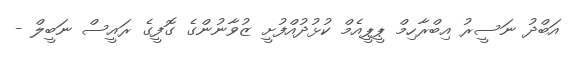
އަބްދު ނަސީރު އިބްރާހިމް ޕީޕީއެމް ކުޅުދުއްފުށީ ޒުވާނުންގެ ގޮފީގެ ރައީސް ނަބީލް -